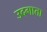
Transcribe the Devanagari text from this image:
उदगाता